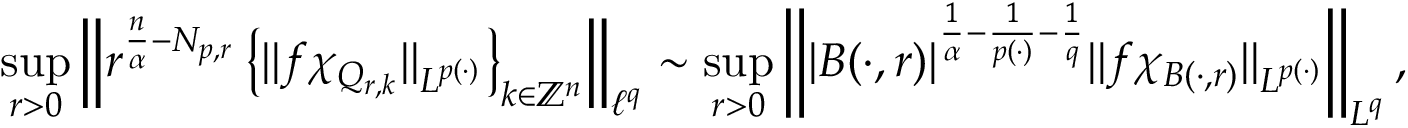
\operatorname* { s u p } _ { r > 0 } \left\| r ^ { \frac { n } { \alpha } - N _ { p , r } } \left\{ \| f \chi _ { Q _ { r , k } } \| _ { L ^ { p ( \cdot ) } } \right\} _ { k \in \mathbb { Z } ^ { n } } \right\| _ { \ell ^ { q } } \sim \operatorname* { s u p } _ { r > 0 } \left\| | B ( \cdot , r ) | ^ { \frac { 1 } { \alpha } - \frac { 1 } { p ( \cdot ) } - \frac { 1 } { q } } \| f \chi _ { B ( \cdot , r ) } \| _ { L ^ { p ( \cdot ) } } \right\| _ { L ^ { q } } ,